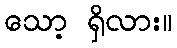
သော့ ရှိလား။